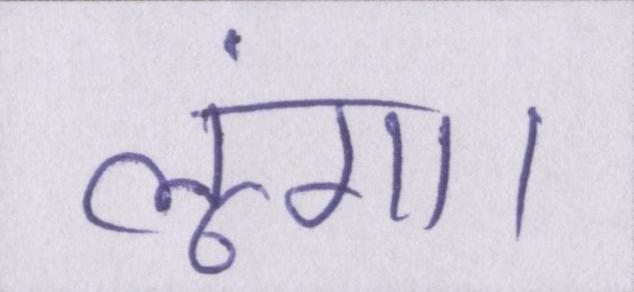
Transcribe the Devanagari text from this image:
लूंगा।